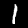
Digit: 1